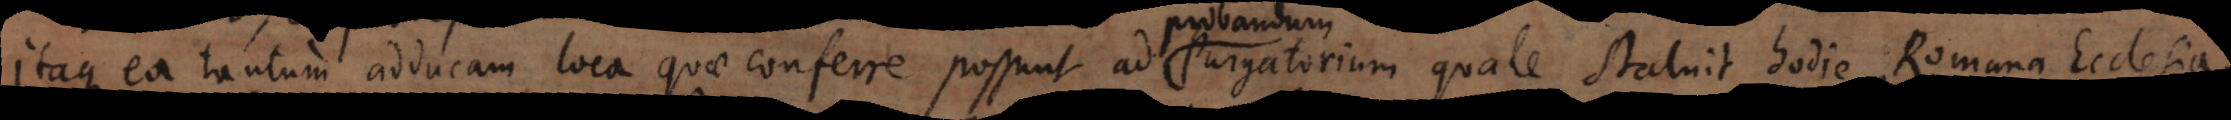
Itaque ea tantum adducam loca quae conferre possunt ad Purgatorium quale statuit hodie Romana Ecclesia